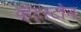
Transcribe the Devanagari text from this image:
व्हेट्स्टोन